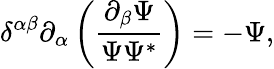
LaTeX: \delta^{\alpha\beta}\partial_{\alpha}\left(\frac{\partial_{\beta}\Psi}{\Psi\Psi^{*}}\right)=-\Psi,